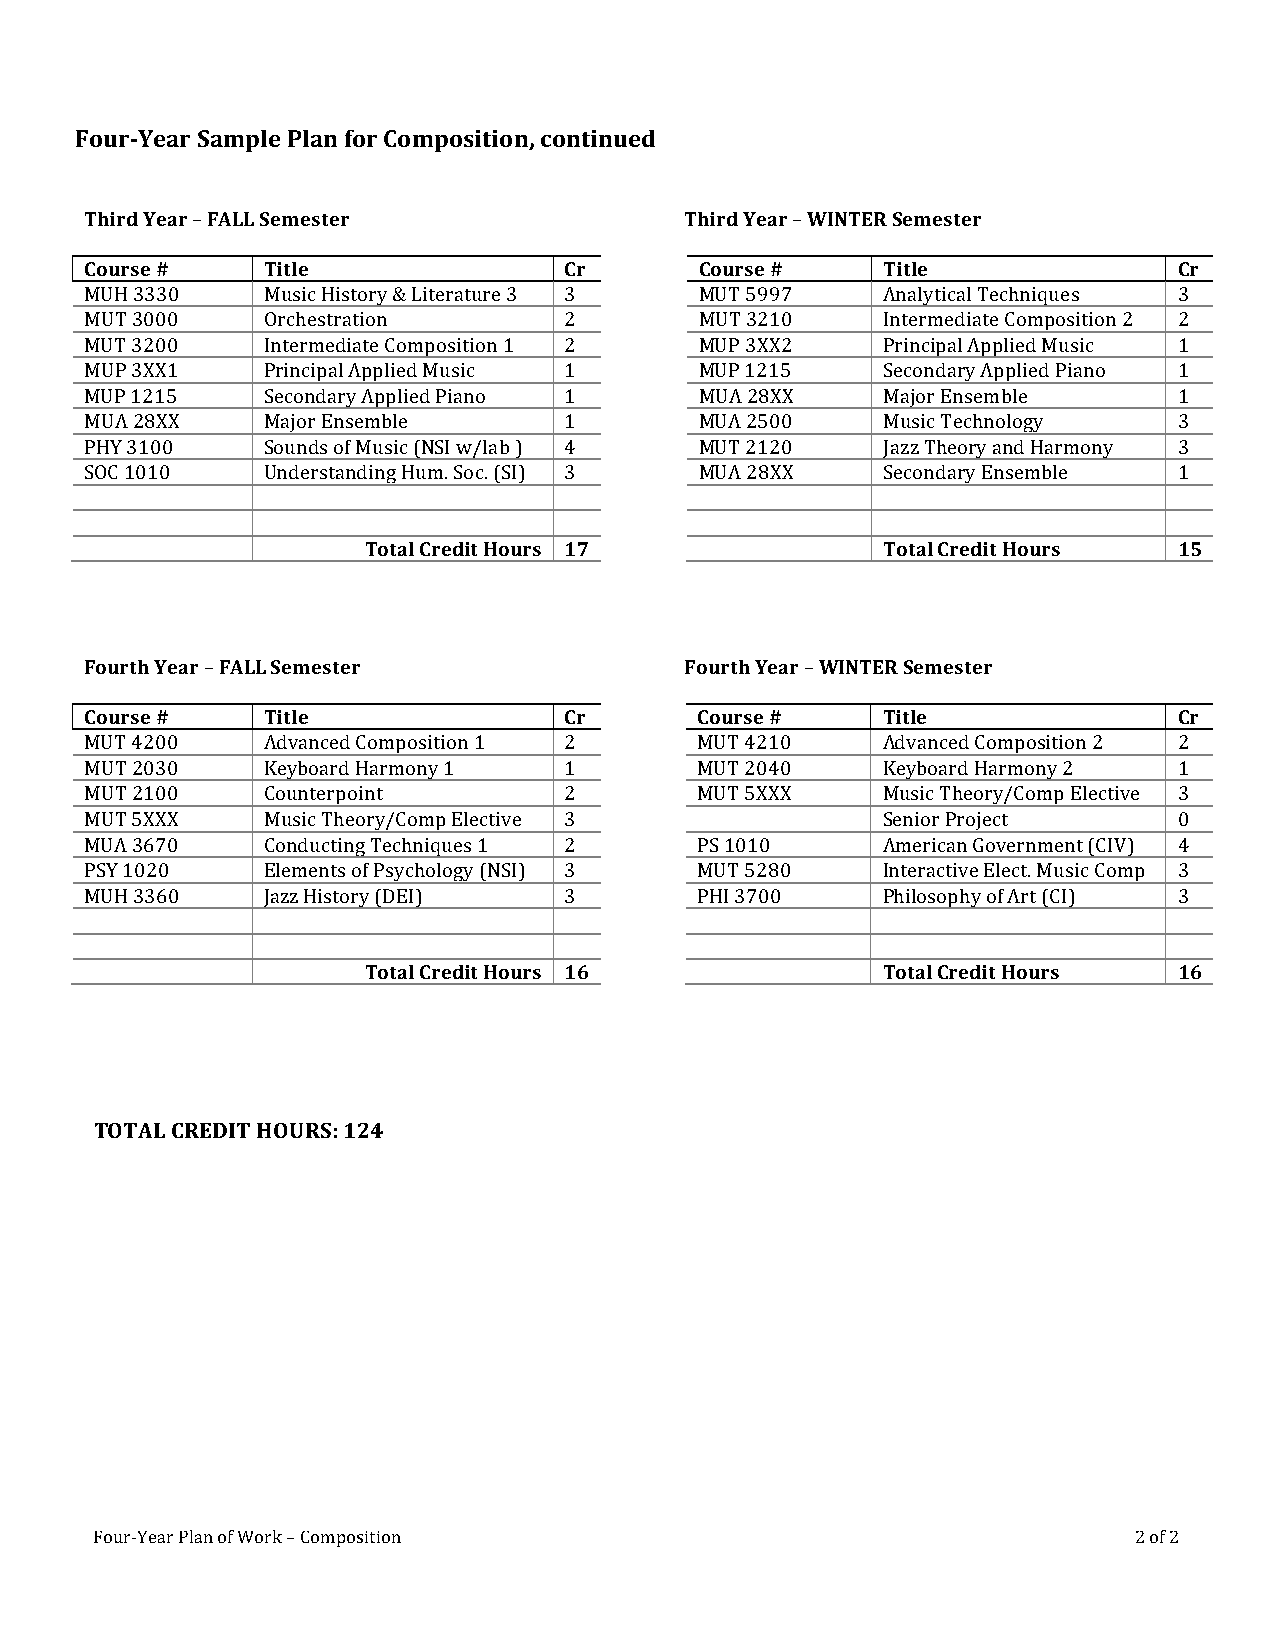
Four-Year Sample Plan for Composition, continued
 Third Year – FALL Semester             Third Year – WINTER Semester
 Course #   Title               Cr       Course #    Title               Cr
 MUH 3330   Music History & Literature 3 3 MUT 5997  Analytical Techniques 3
 MUT 3000   Orchestration       2        MUT 3210    Intermediate Composition 2 2
 MUT 3200   Intermediate Composition 1 2 MUP 3XX2    Principal Applied Music 1
 MUP 3XX1   Principal Applied Music 1    MUP 1215    Secondary Applied Piano 1
 MUP 1215   Secondary Applied Piano 1    MUA 28XX    Major Ensemble      1
 MUA 28XX   Major Ensemble      1        MUA 2500    Music Technology    3
 PHY 3100   Sounds of Music (NSI w/lab ) 4 MUT 2120  Jazz Theory and Harmony 3
 SOC 1010   Understanding Hum. Soc. (SI) 3 MUA 28XX  Secondary Ensemble  1
 Total Credit Hours 17             Total Credit Hours  15
 Fourth Year – FALL Semester            Fourth Year – WINTER Semester
 Course #   Title               Cr       Course #    Title               Cr
 MUT 4200   Advanced Composition 1 2     MUT 4210    Advanced Composition 2 2
 MUT 2030   Keyboard Harmony 1  1        MUT 2040    Keyboard Harmony 2  1
 MUT 2100   Counterpoint        2        MUT 5XXX    Music Theory/Comp Elective 3
 MUT 5XXX   Music Theory/Comp Elective 3             Senior Project      0
 MUA 3670   Conducting Techniques 1 2    PS 1010     American Government (CIV) 4
 PSY 1020   Elements of Psychology (NSI) 3 MUT 5280  Interactive Elect. Music Comp 3
 MUH 3360   Jazz History (DEI)  3        PHI 3700    Philosophy of Art (CI) 3
 Total Credit Hours 16             Total Credit Hours  16
 TOTAL CREDIT HOURS: 124
 Four-Year Plan of Work – Composition                                 2 of 2